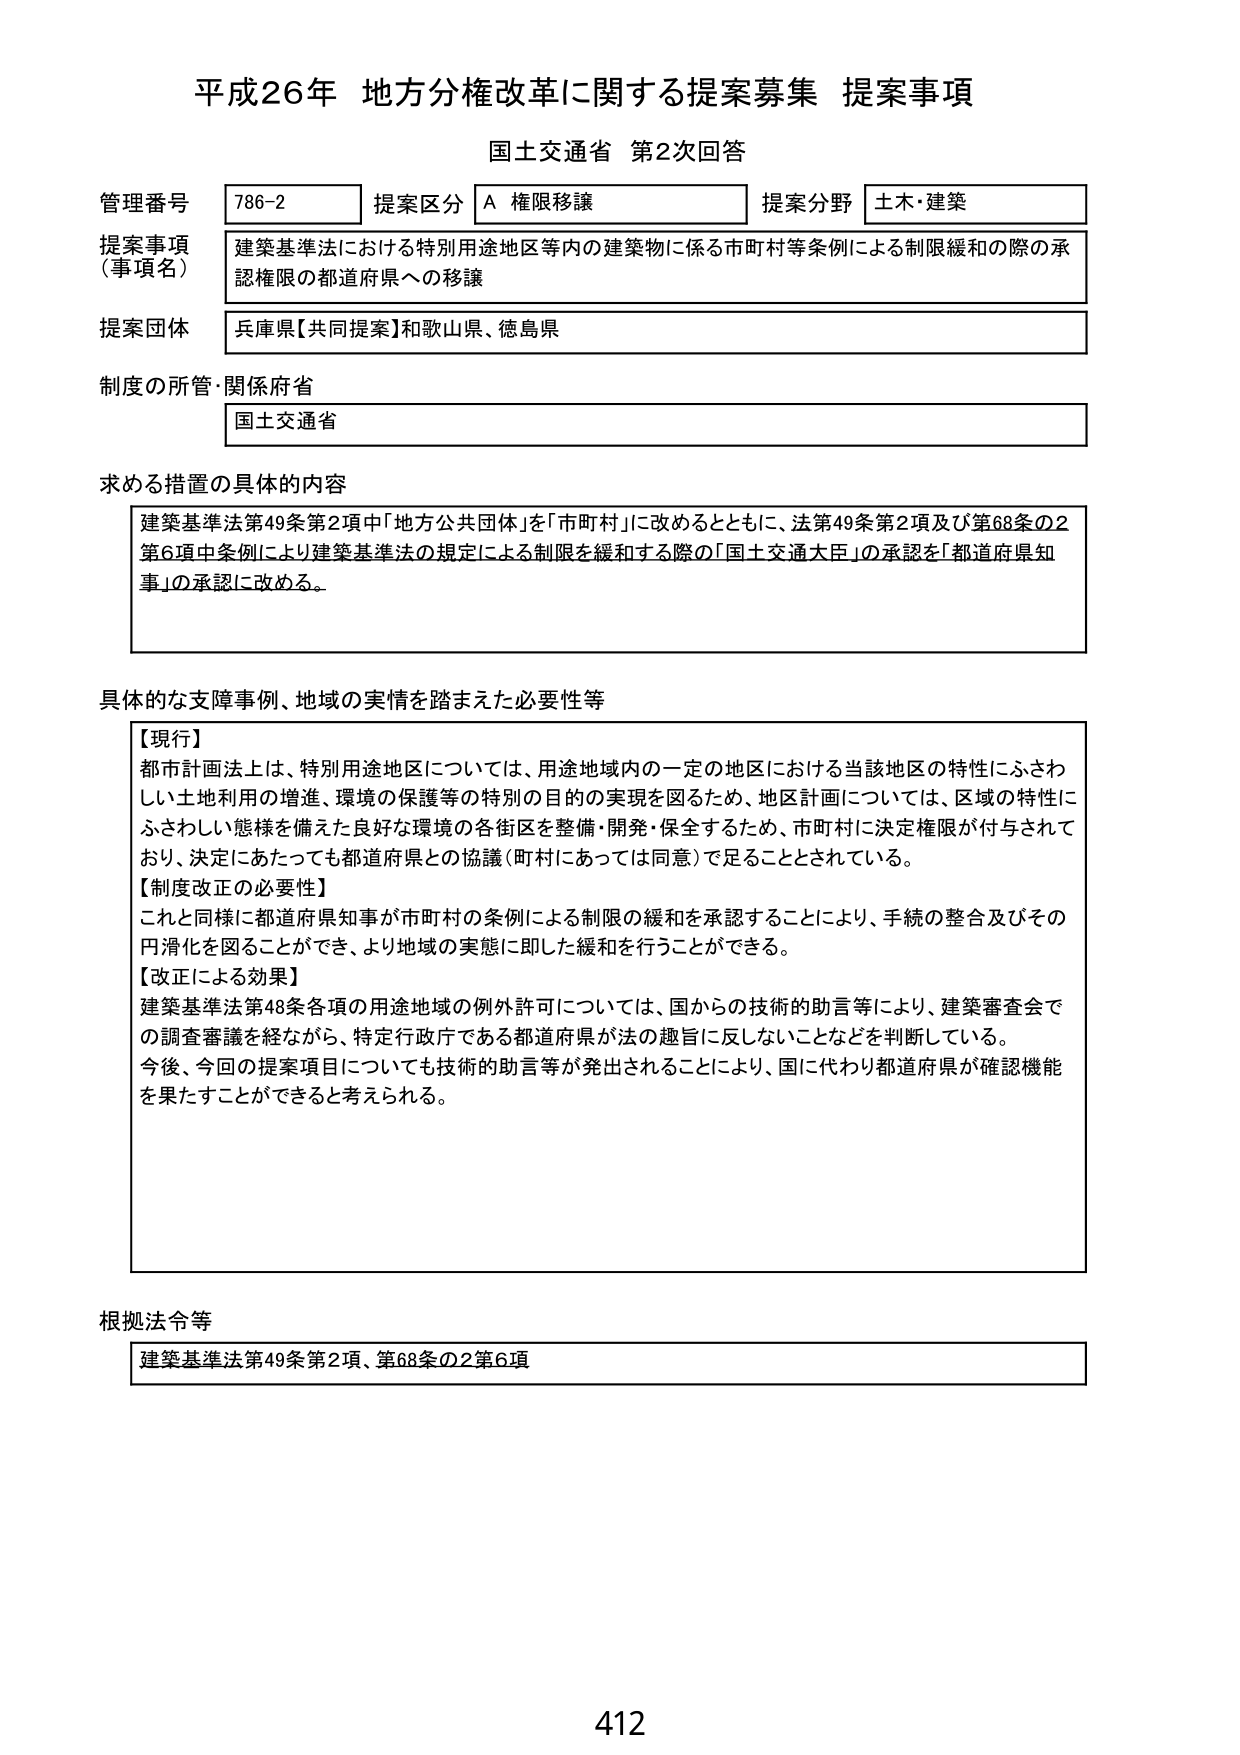
平成26年 地方分権改革に関する提案募集 提案事項
国土交通省 第2次回答

管理番号 786-2
提案区分 A 権限移譲
提案分野 土木・建築

提案事項（事項名）
建築基準法における特別用途地区等内の建築物に係る市町村等条例による制限緩和の際の承認権限の都道府県への移譲

提案団体
兵庫県【共同提案】和歌山県、徳島県

制度の所管・関係府省
国土交通省

求める措置の具体的な内容
建築基準法第49条第2項中「地方公共団体」を「市町村」に改めるとともに、法第49条第2項及び第68条の2第6項中条例により建築基準法の規定による制限を緩和する際の「国土交通大臣」の承認を「都道府県知事」の承認に改める。

具体的な支障事例、地域の実情を踏まえた必要性等
【現行】
都市計画法上は、特別用途地区については、用途地域内の一定の地区における当該地区の特性にふさわしい土地利用の増進、環境の保護等の特別の目的の実現を図るため、地区計画については、区域の特性にふさわしい態様を備えた良好な環境の各街区を整備・開発・保全するため、市町村に決定権限が付与されており、決定にあたっても都道府県との協議（町村にあっては同意）で足ることとされている。
【制度改正の必要性】
これと同様に都道府県知事が市町村の条例による制限の緩和を承認することにより、手続の整合及びその円滑化を図ることができ、より地域の実態に即した緩和を行うことができる。
【改正による効果】
建築基準法第48条各項の用途地域の例外許可については、国からの技術的助言等により、建築審査会での調査審議を経ながら、特定行政庁である都道府県が法の趣旨に反しないことなどを判断している。
今後、今回の提案項目についても技術的助言等が発出されることにより、国に代わり都道府県が確認機能を果たすことができると考えられる。

根拠法令等
建築基準法第49条第2項、第68条の2第6項

412